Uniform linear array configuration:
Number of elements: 32
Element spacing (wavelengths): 0.75
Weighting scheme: binomial
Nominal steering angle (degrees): -60
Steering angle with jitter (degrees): -61.81
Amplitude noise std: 0.05
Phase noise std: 0.05

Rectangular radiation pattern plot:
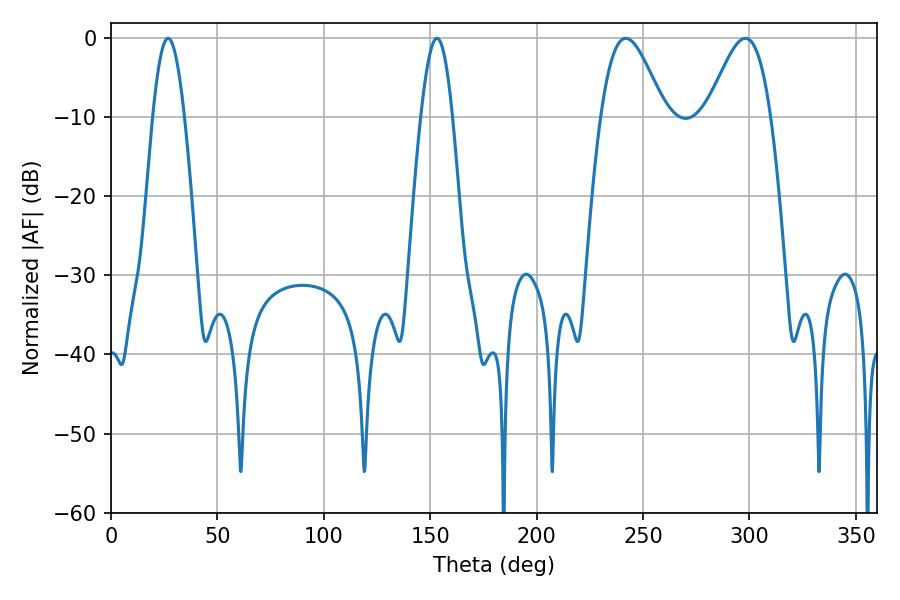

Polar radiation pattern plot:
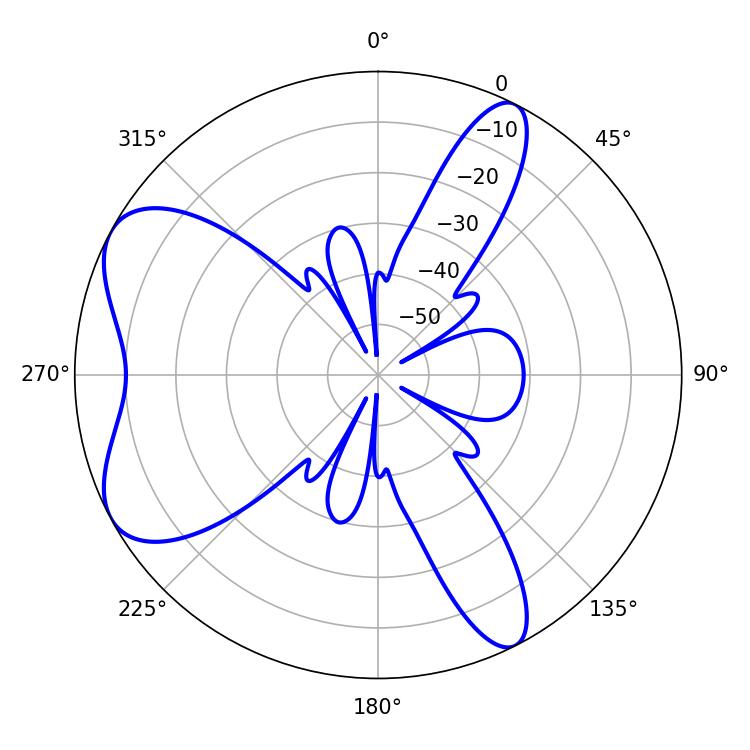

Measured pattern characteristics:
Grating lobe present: TRUE
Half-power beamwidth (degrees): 8.1
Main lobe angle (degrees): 26.82